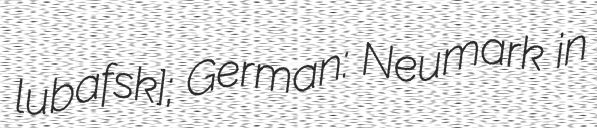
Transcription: luˈbafskʲɛ]; German: Neumark in